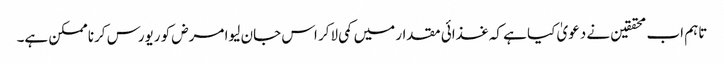
تاہم اب محققین نے دعویٰ کیا ہے کہ غذائی مقدار میں کمی لاکر اس جان لیوا مرض کو ریورس کرنا ممکن ہے۔